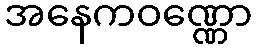
အနေကဝဏ္ဏော